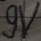
Text: 9V